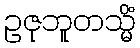
ဥဇုဘူတသ္မိံ